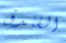
الفندق